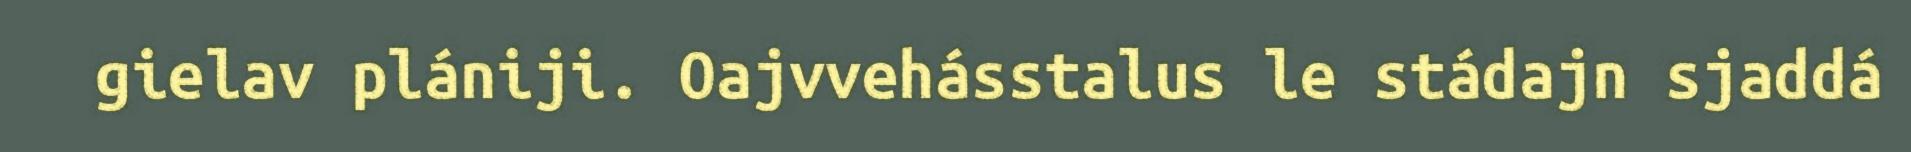
gielav plániji. Oajvvehásstalus le stádajn sjaddá